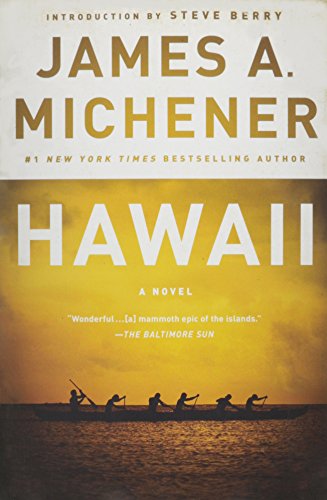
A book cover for Hawaii; James A. Michener; Literature & Fiction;